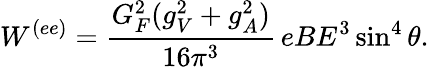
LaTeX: W^{(ee)}=\frac{G_{F}^{2}(g_{V}^{2}+g_{A}^{2})}{16\pi^{3}}\, eBE^{3}\sin^{4}\theta.